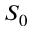
S _ { 0 }